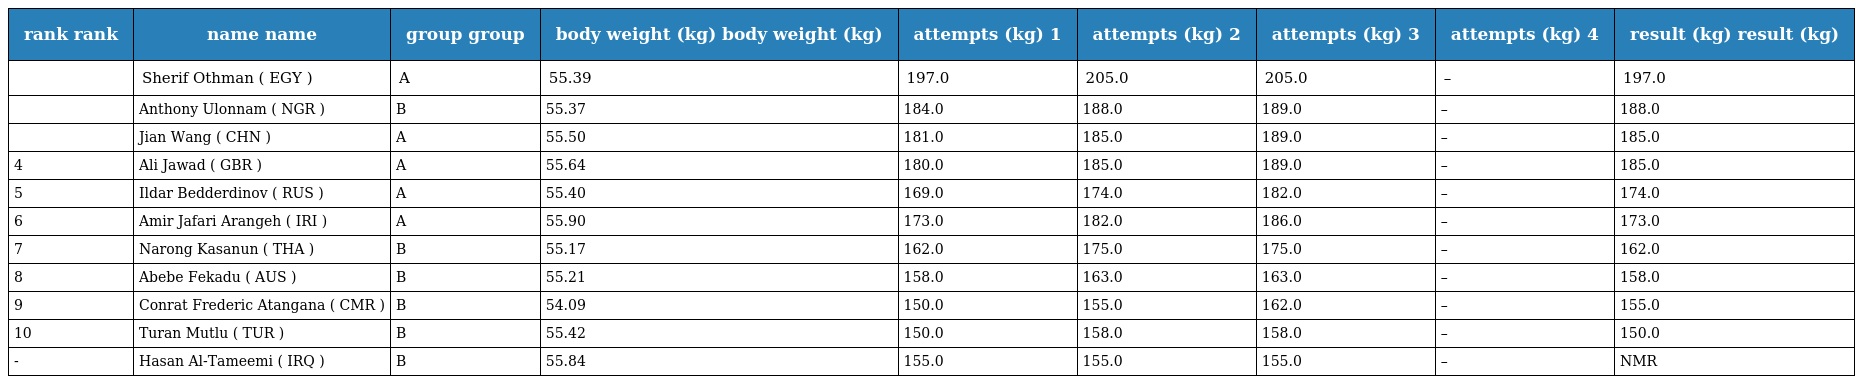
| rank rank | name name | group group | body weight (kg) body weight (kg) | attempts (kg) 1 | attempts (kg) 2 | attempts (kg) 3 | attempts (kg) 4 | result (kg) result (kg) |
 | --- | --- | --- | --- | --- | --- | --- | --- | --- |
 |  | Sherif Othman ( EGY ) | A | 55.39 | 197.0 | 205.0 | 205.0 | – | 197.0 |
 |  | Anthony Ulonnam ( NGR ) | B | 55.37 | 184.0 | 188.0 | 189.0 | – | 188.0 |
 |  | Jian Wang ( CHN ) | A | 55.50 | 181.0 | 185.0 | 189.0 | – | 185.0 |
 | 4 | Ali Jawad ( GBR ) | A | 55.64 | 180.0 | 185.0 | 189.0 | – | 185.0 |
 | 5 | Ildar Bedderdinov ( RUS ) | A | 55.40 | 169.0 | 174.0 | 182.0 | – | 174.0 |
 | 6 | Amir Jafari Arangeh ( IRI ) | A | 55.90 | 173.0 | 182.0 | 186.0 | – | 173.0 |
 | 7 | Narong Kasanun ( THA ) | B | 55.17 | 162.0 | 175.0 | 175.0 | – | 162.0 |
 | 8 | Abebe Fekadu ( AUS ) | B | 55.21 | 158.0 | 163.0 | 163.0 | – | 158.0 |
 | 9 | Conrat Frederic Atangana ( CMR ) | B | 54.09 | 150.0 | 155.0 | 162.0 | – | 155.0 |
 | 10 | Turan Mutlu ( TUR ) | B | 55.42 | 150.0 | 158.0 | 158.0 | – | 150.0 |
 | - | Hasan Al-Tameemi ( IRQ ) | B | 55.84 | 155.0 | 155.0 | 155.0 | – | NMR |